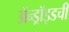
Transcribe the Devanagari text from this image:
ॲन्ड्रॉइडची